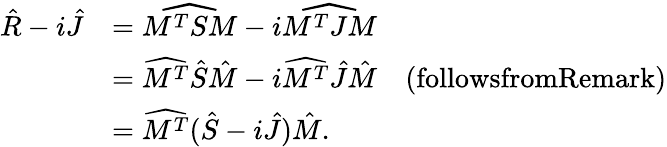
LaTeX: \begin{array}{rl}{\hat{R}-i\hat{J}}&{=\widehat{M^{T}SM}-i\widehat{M^{T}JM}}\\ &{=\widehat{M^{T}}\hat{S}\hat{M}-i\widehat{M^{T}}\hat{J}\hat{M}\quad(\textrm{followsfromRemark})}\\ &{=\widehat{M^{T}}(\hat{S}-i\hat{J})\hat{M}.}\end{array}